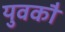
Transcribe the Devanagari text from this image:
युवकौं